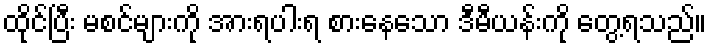
ထိုင်ပြီး မစင်များကို အားရပါးရ စားနေသော ဒီမီယန်းကို တွေ့ရသည်။